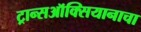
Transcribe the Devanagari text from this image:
ट्रान्सऑक्सियानाचा